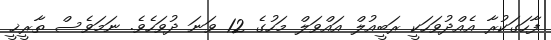
ފާހަގަކުރާ އެއްދުވަހަކީ ރަބީއުލް އައްވަލް މަހުގެ 12 ވަނަ ދުވަހެވެ. ނަމަވެސް ތާރީޚީ